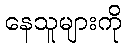
နေသူများကို